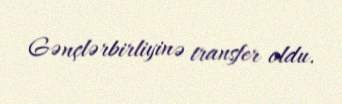
Gənçlərbirliyinə transfer oldu.